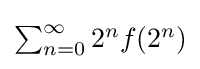
{\textstyle \sum _{n=0}^{\infty }2^{n}f(2^{n})}